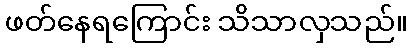
ဖတ်နေရကြောင်း သိသာလှသည်။